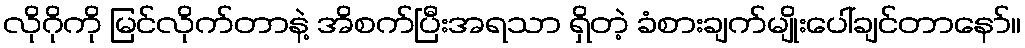
လိုဂိုကို မြင်လိုက်တာနဲ့ အိစက်ပြီးအရသာ ရှိတဲ့ ခံစားချက်မျိုးပေါ်ချင်တာနော်။